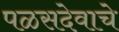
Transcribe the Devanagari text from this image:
पळसदेवाचे